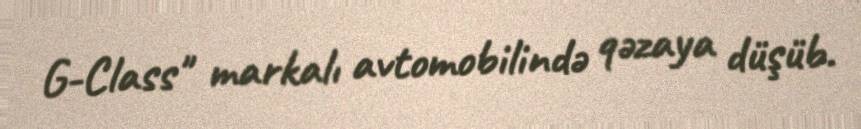
G-Class" markalı avtomobilində qəzaya düşüb.